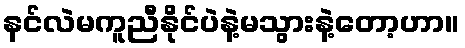
နင်လဲမကူညီနိုင်ပဲနဲ့မသွားနဲ့တော့ဟာ။